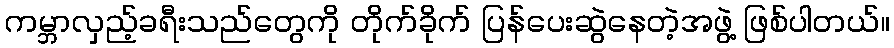
ကမ္ဘာလှည့်ခရီးသည်တွေကို တိုက်ခိုက် ပြန်ပေးဆွဲနေတဲ့အဖွဲ့ ဖြစ်ပါတယ်။